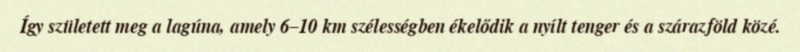
Így született meg a lagúna, amely 6–10 km szélességben ékelődik a nyílt tenger és a szárazföld közé.